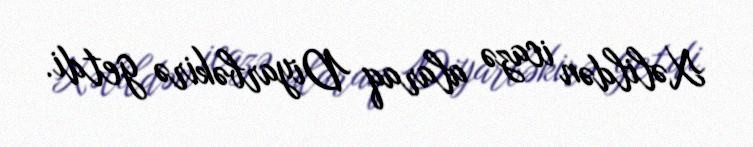
Xəlildən icazə alaraq Diyarbəkirə getdi.